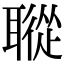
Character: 𦗜